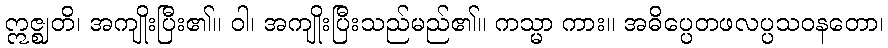
ဣဇ္ဈတိ၊ အကျိုးပြီး၏။ ဝါ၊ အကျိုးပြီးသည်မည်၏။ ကသ္မာ ကား။ အဓိပ္ပေတဖလပ္ပသဝနတော၊